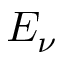
E _ { \nu }